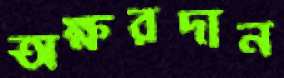
অক্ষরদান